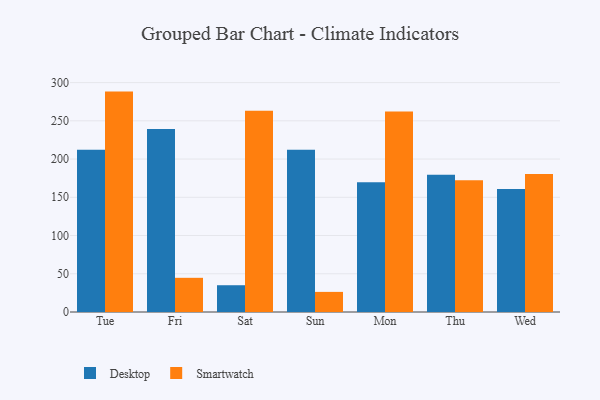
{"axis": {"x": "Day", "y": "Bounce Rate (%)"}, "legend": ["Desktop", "Smartwatch"], "data": [{"x": "Tue", "y": 212.3, "type": "Desktop"}, {"x": "Tue", "y": 288.2, "type": "Smartwatch"}, {"x": "Fri", "y": 239.2, "type": "Desktop"}, {"x": "Fri", "y": 44.7, "type": "Smartwatch"}, {"x": "Sat", "y": 35.0, "type": "Desktop"}, {"x": "Sat", "y": 263.0, "type": "Smartwatch"}, {"x": "Sun", "y": 212.1, "type": "Desktop"}, {"x": "Sun", "y": 26.3, "type": "Smartwatch"}, {"x": "Mon", "y": 169.7, "type": "Desktop"}, {"x": "Mon", "y": 262.3, "type": "Smartwatch"}, {"x": "Thu", "y": 179.4, "type": "Desktop"}, {"x": "Thu", "y": 172.4, "type": "Smartwatch"}, {"x": "Wed", "y": 160.8, "type": "Desktop"}, {"x": "Wed", "y": 180.6, "type": "Smartwatch"}]}